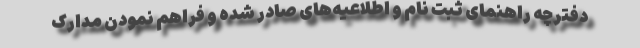
دفترچه راهنمای ثبت نام و اطلاعیه‌های صادر شده و فراهم نمودن مدارک